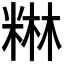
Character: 𮇥